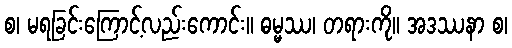
စ၊ မရခြင်းကြောင့်လည်းကောင်း။ ဓမ္မဿ၊ တရားကို။ အဒဿနာ စ၊